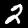
Label: 2